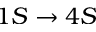
1 S \rightarrow 4 S